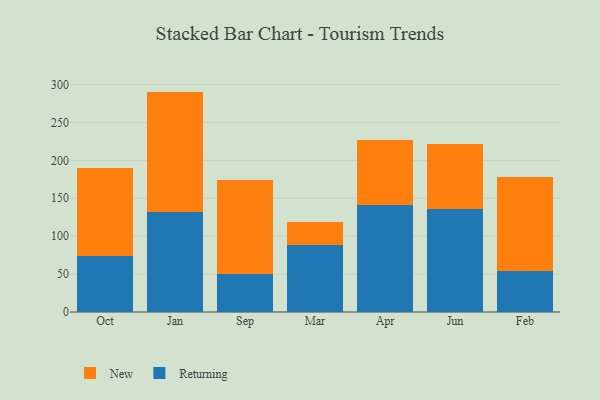
{"axis": {"x": "Month", "y": "Demand Index"}, "legend": ["New", "Returning"], "data": [{"x": "Oct", "y": 74.4, "type": "Returning"}, {"x": "Oct", "y": 114.9, "type": "New"}, {"x": "Jan", "y": 131.4, "type": "Returning"}, {"x": "Jan", "y": 159.3, "type": "New"}, {"x": "Sep", "y": 49.8, "type": "Returning"}, {"x": "Sep", "y": 124.7, "type": "New"}, {"x": "Mar", "y": 88.1, "type": "Returning"}, {"x": "Mar", "y": 30.3, "type": "New"}, {"x": "Apr", "y": 141.2, "type": "Returning"}, {"x": "Apr", "y": 85.2, "type": "New"}, {"x": "Jun", "y": 135.5, "type": "Returning"}, {"x": "Jun", "y": 85.5, "type": "New"}, {"x": "Feb", "y": 54.5, "type": "Returning"}, {"x": "Feb", "y": 123.2, "type": "New"}]}